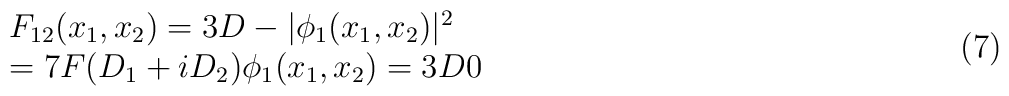
\begin{array}{l} F_{12}(x_1,x_2)=3D-|\phi_1(x_1,x_2)|^2 \\=7F       (D_1+iD_2)\phi_1(x_1,x_2)=3D0 \end{array} \hspace{5.9cm}(7)